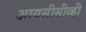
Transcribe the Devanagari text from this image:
आयसीसीव्ही